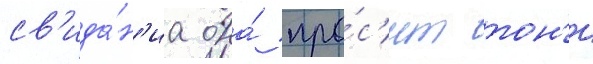
св'ида́н'иа она́ про́с'ит тон'и